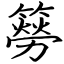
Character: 簩